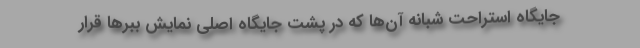
جایگاه استراحت شبانه آن‌ها که در پشت جایگاه اصلی نمایش ببرها قرار